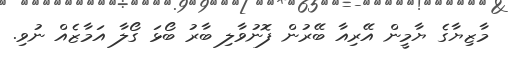
މާޒިޔާގެ ޔާމީން އޭރިއާ ބޭރުން ފޮނުވާލި ބާރު ބޯޅަ ގޯލާ އަމާޒެއް ނުވި.